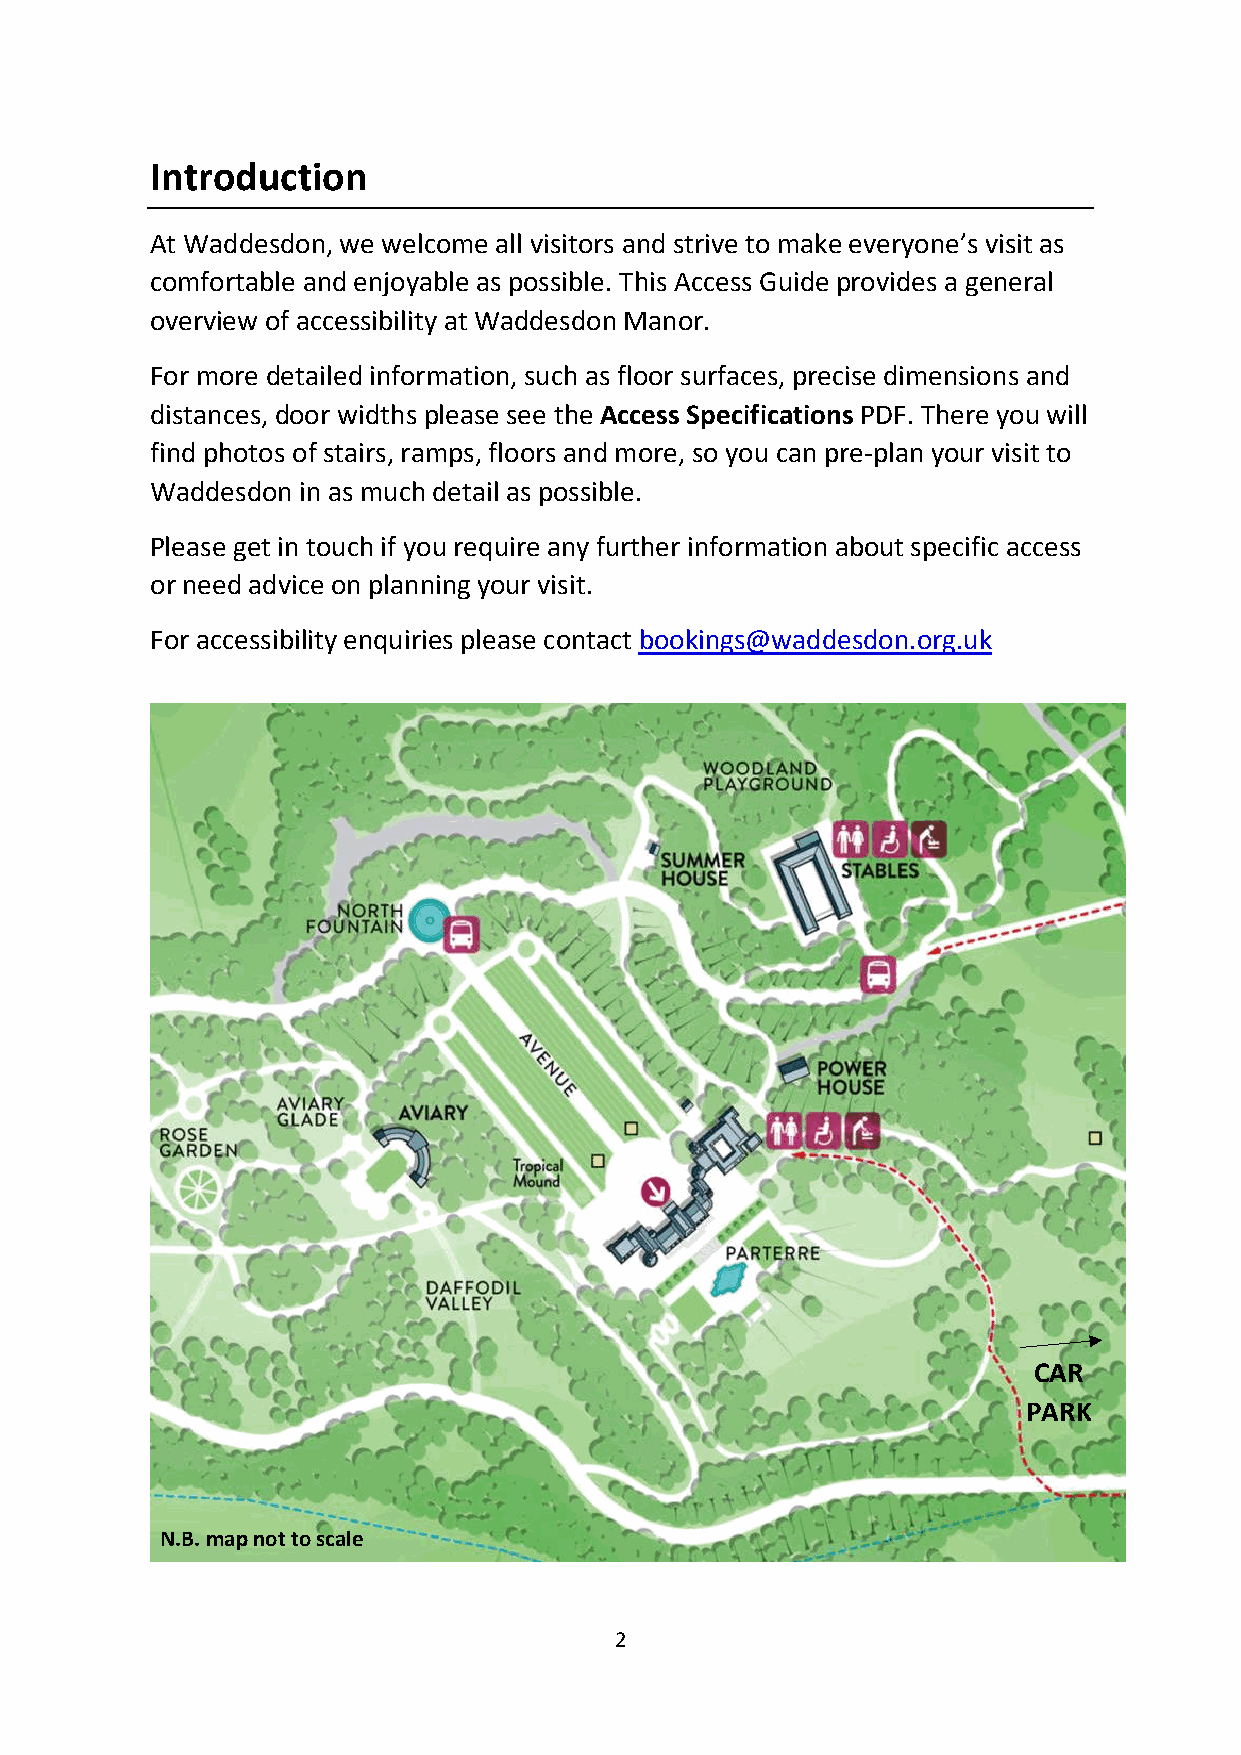
Introduction
 At Waddesdon, we welcome all visitors and strive to make everyone’s visit as
 comfortable and enjoyable as possible. This Access Guide provides a general
 overview of accessibility at Waddesdon Manor.
 For more detailed information, such as floor surfaces, precise dimensions and
 distances, door widths please see the Access Specifications PDF. There you will
 find photos of stairs, ramps, floors and more, so you can pre-plan your visit to
 Waddesdon in as much detail as possible.
 Please get in touch if you require any further information about specific access
 or need advice on planning your visit.
 For accessibility enquiries please contact bookings@waddesdon.org.uk
 CAR
 PARK
 N.B. map not to scale
 2